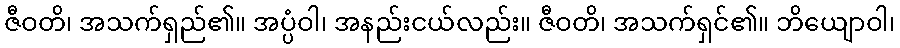
ဇီဝတိ၊ အသက်ရှည်၏။ အပ္ပံဝါ၊ အနည်းငယ်လည်း။ ဇီဝတိ၊ အသက်ရှင်၏။ ဘိယျောဝါ၊